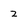
Character: 2